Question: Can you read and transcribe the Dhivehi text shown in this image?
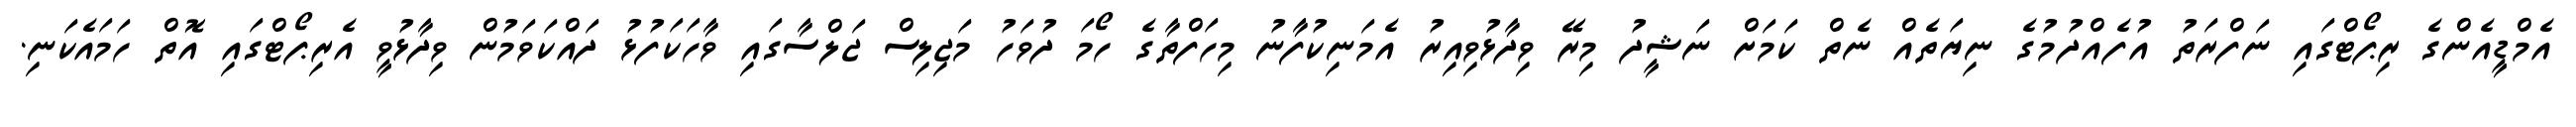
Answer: އެމްޑީއެންގެ ރިޕޯޓްގައި ނަފްރަތު އުފެއްދުމުގެ ނިޔަތެއް ނެތް ކަމަށް ނަޝީދު މިރޭ ވިދާޅުވިއިރު އެމަނިކުފާނު މިހަފްތާގެ ހޯމަ ދުވަހު މަޖިލިސް ޖަލްސާގައި ވާހަކަފުޅު ދައްކަވަމުން ވިދާޅުވީ އެރިޕޯޓްގައި އޮތް ހަމައެކަނި.